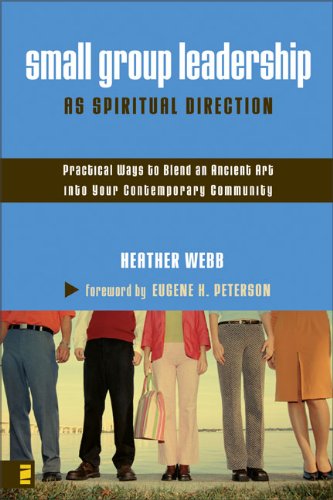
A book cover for Small Group Leadership as Spiritual Direction: Practical Ways to Blend an Ancient Art into Your Contemporary Community; Heather Parkinson Webb; Christian Books & Bibles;